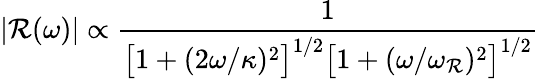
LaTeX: |\mathcal{R}(\omega)|\propto\frac{{1}}{{\big[1+(2\omega/\kappa)^{2}\big]^{1/2}\big[1+(\omega/\omega_{\mathcal{R}})^{2}\big]^{1/2}}}